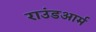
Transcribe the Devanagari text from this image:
राउंडआर्म